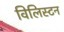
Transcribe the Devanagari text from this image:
विलिस्टन